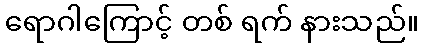
ရောဂါကြောင့် တစ် ရက် နားသည်။